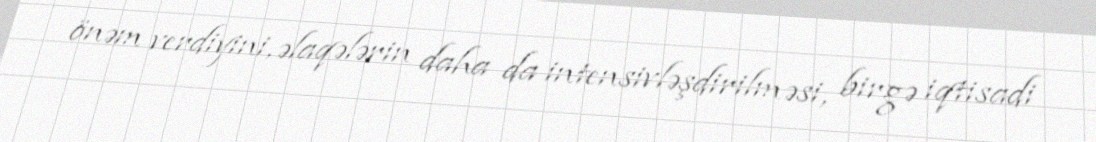
önəm verdiyini, əlaqələrin daha da intensivləşdirilməsi, birgə iqtisadi